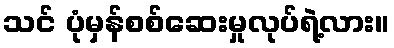
သင် ပုံမှန်စစ်ဆေးမှုလုပ်ရဲ့လား။